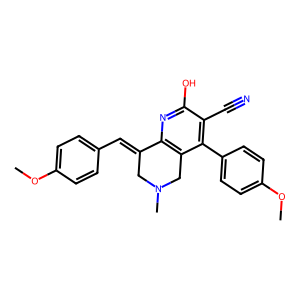
SMILES: COc1ccc(C=C2CN(C)Cc3c2nc(O)c(C#N)c3-c2ccc(OC)cc2)cc1
Inhibits HIV replication: No